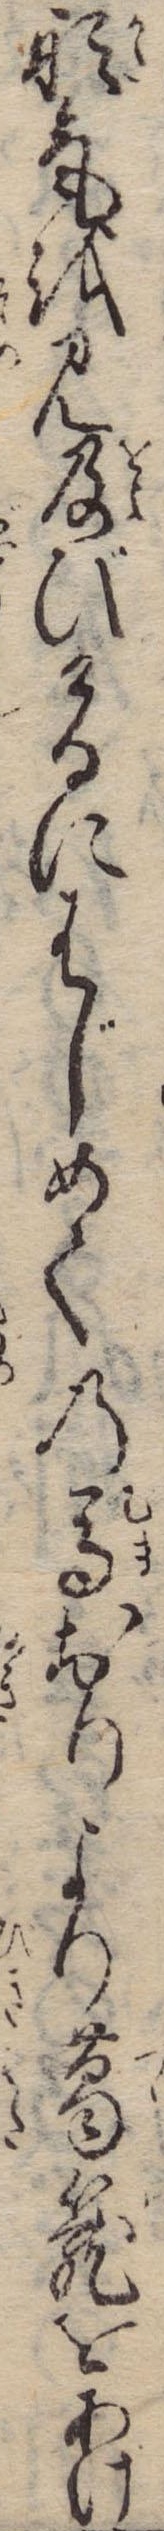
形気を見及びけるにさじめての馬おりより葛篭をあけ